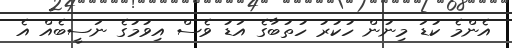
އެންމެ ކުޑަ މިނުން ހުކުރު ހުތުބާގެ އަޑު ވެސް އިވުމުގެ ނަސީބެއް އެ